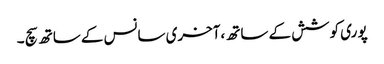
پو ری کوشش کے ساتھ ،آخری سانس کے ساتھ سچ ۔